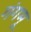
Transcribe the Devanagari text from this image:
गंगमू